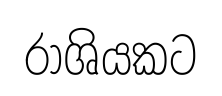
රාශියකට